Document type: payment_order
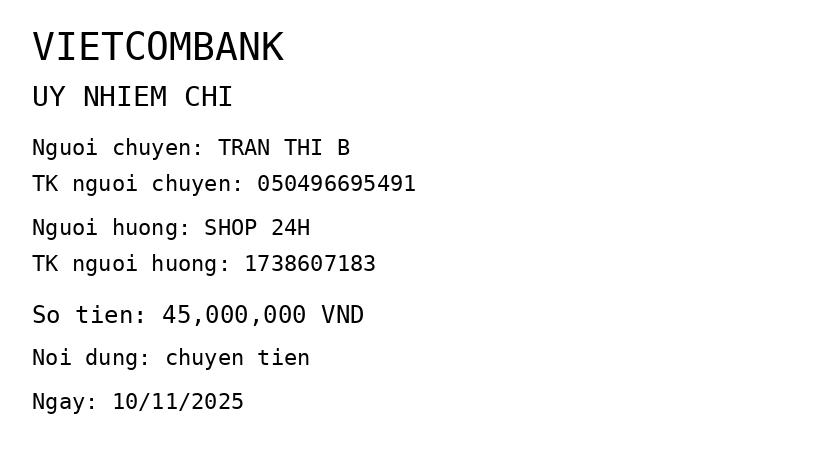
OCR transcript:
VIETCOMBANK
UY NHIEM CHI
Nguoi chuyen: TRAN THI B
TK nguoi chuyen: 050496695491
Nguoi huong: SHOP 24H
TK nguoi huong: 1738607183
So tien: 45,000,000 VND
Noi dung: chuyen tien
Ngay: 10/11/2025
Extracted fields:
bank_name: vietcombank
sender_name: tran thi b
sender_account: 050496695491
beneficiary_name: shop 24h
beneficiary_account: 1738607183
amount: 45000000
content: chuyen tien
date: 2025-11-10